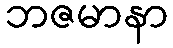
ဘဇမာနာ